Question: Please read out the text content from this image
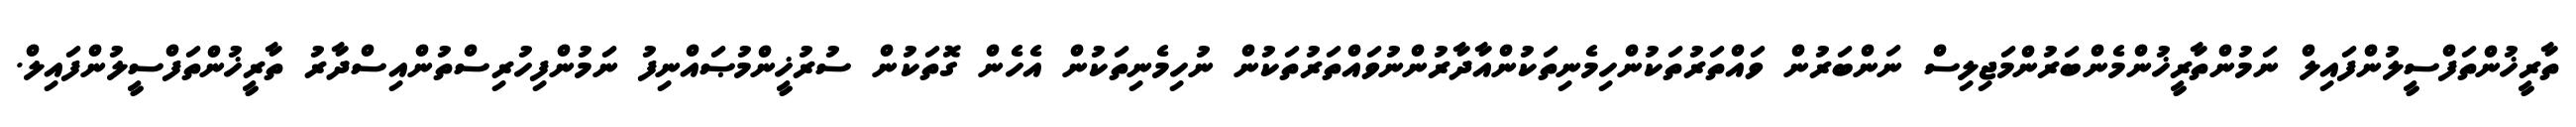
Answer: ތާރީޚުންތަފްސީލުންފައިލް ނަމުންތާރީޚުންމެންބަރުންމަޖިލިސް ނަންބަރުން ވައްތަރުތަކުންހިމެނިތަކުންއާދާރުންނުވައްތަރުތަކުން ނުހިމެނިތަކުން އެހެން ގޮތަކުން ސުރުޚީންމުޞައްނިފު ނަމުންފިހުރިސްތުންއިސްދާރު ތާރީޚުންތަފްސީލުންފައިލް.